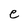
Character: e